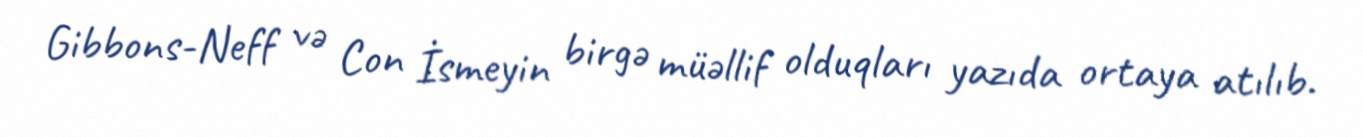
Gibbons-Neff və Con İsmeyin birgə müəllif olduqları yazıda ortaya atılıb.